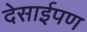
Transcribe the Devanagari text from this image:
देसाईपण